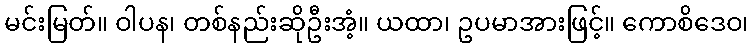
မင်းမြတ်။ ဝါပန၊ တစ်နည်းဆိုဦးအံ့။ ယထာ၊ ဥပမာအားဖြင့်။ ကောစိဒေဝ၊